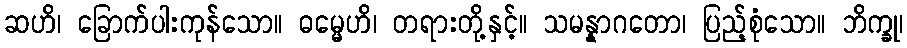
ဆဟိ၊ ခြောက်ပါးကုန်သော။ ဓမ္မေဟိ၊ တရားတို့နှင့်။ သမန္နာဂတော၊ ပြည့်စုံသော။ ဘိက္ခု၊